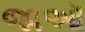
જાઑ